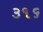
૩૧૬